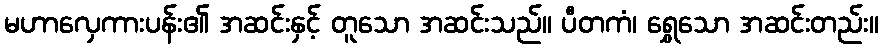
မဟာလှေကားပန်း၏ အဆင်းနှင့် တူသော အဆင်းသည်။ ပီတကံ၊ ရွှေသော အဆင်းတည်း။